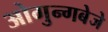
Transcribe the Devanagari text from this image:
ओगुन्गबेजे